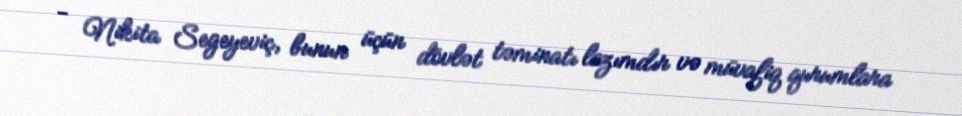
- Nikita Segeyeviç, bunun üçün dövlət təminatı lazımdır və müvafiq qurumlara